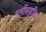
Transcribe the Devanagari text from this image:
ग्लीसड्रीक